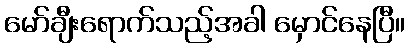
မော်ချီးရောက်သည့်အခါ မှောင်နေပြီ။